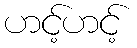
ဟင့်ဟင့်